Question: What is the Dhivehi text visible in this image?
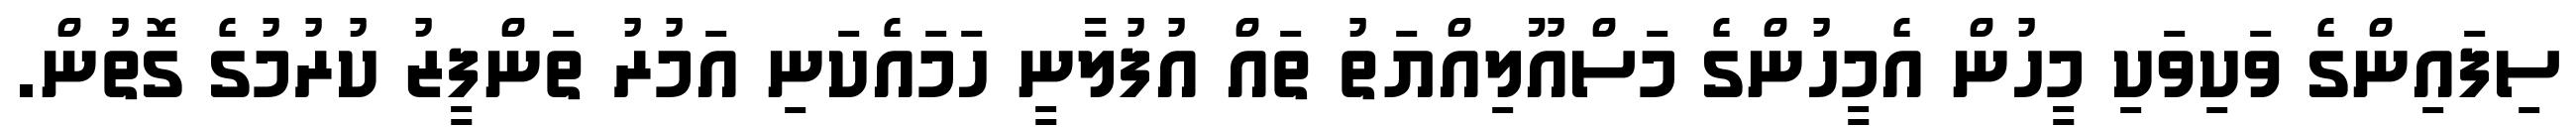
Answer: ސިފައިންގެ ވަކިވަކި މީހުން އެމީހުންގެ މަސްއޫލިއްޔަތު ތައް އުފުލާނީ ހަމައެކަނި އަމުރު ތަންފީޒު ކުރުމުގެ ގޮތުން.